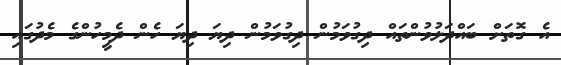
އެ ގޮތަށް ބައްދަލުވުންތައް ދިގުވަމުން ދިގުވަމުން ދިޔަ ދިޔަ ހެން ދެމީހުންގެ މެދުގައި